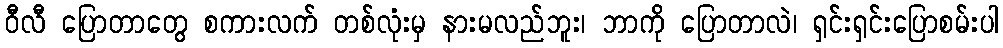
ဝီလီ ပြောတာတွေ စကားလက် တစ်လုံးမှ နားမလည်ဘူး၊ ဘာကို ပြောတာလဲ၊ ရှင်းရှင်းပြောစမ်းပါ